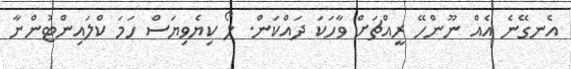
އެނގޭނެ އެއް ނޫންހޭ ރީއްޗަށް ވާހަކަ ދައްކަން. ލޯ ކިޔެވިޔަސް ހަމަ ކްލައިންޓުންނާ